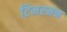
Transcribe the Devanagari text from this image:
टिमरमन